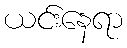
ယင်းနေရာ